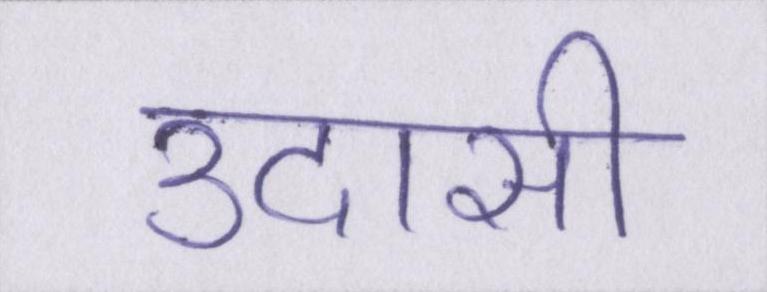
उदासी